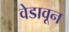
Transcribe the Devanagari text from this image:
वेडावून